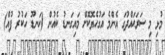
މުޅި މި ސަރަޙައްދުގަ އެންމެ އަގުހެޔޮކޮށް މައިގަނޑު ކެއުން (ހަނޑޫ ހަކުރު ފުއް)